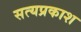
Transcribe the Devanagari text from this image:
सत्‍यप्रकाश